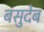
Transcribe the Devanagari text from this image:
बसुदेब